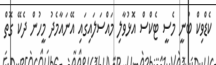
ކެޑްވިކް ބުނީ މެސީ ޓެކްސް އޮޅުވާލި މައްސަލައިގައި އޭނައާމެދު މީހުން ދެކޭ ގޮތް